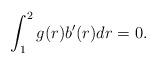
LaTeX: \begin{align*} \int_1^2g(r)b'(r)dr=0.\end{align*}